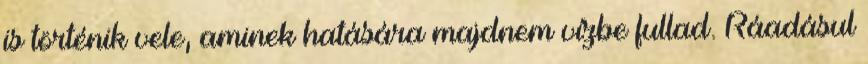
is történik vele, aminek hatására majdnem vízbe fullad. Ráadásul